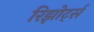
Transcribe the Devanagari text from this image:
रिझोर्ट्स